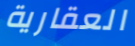
العقارية